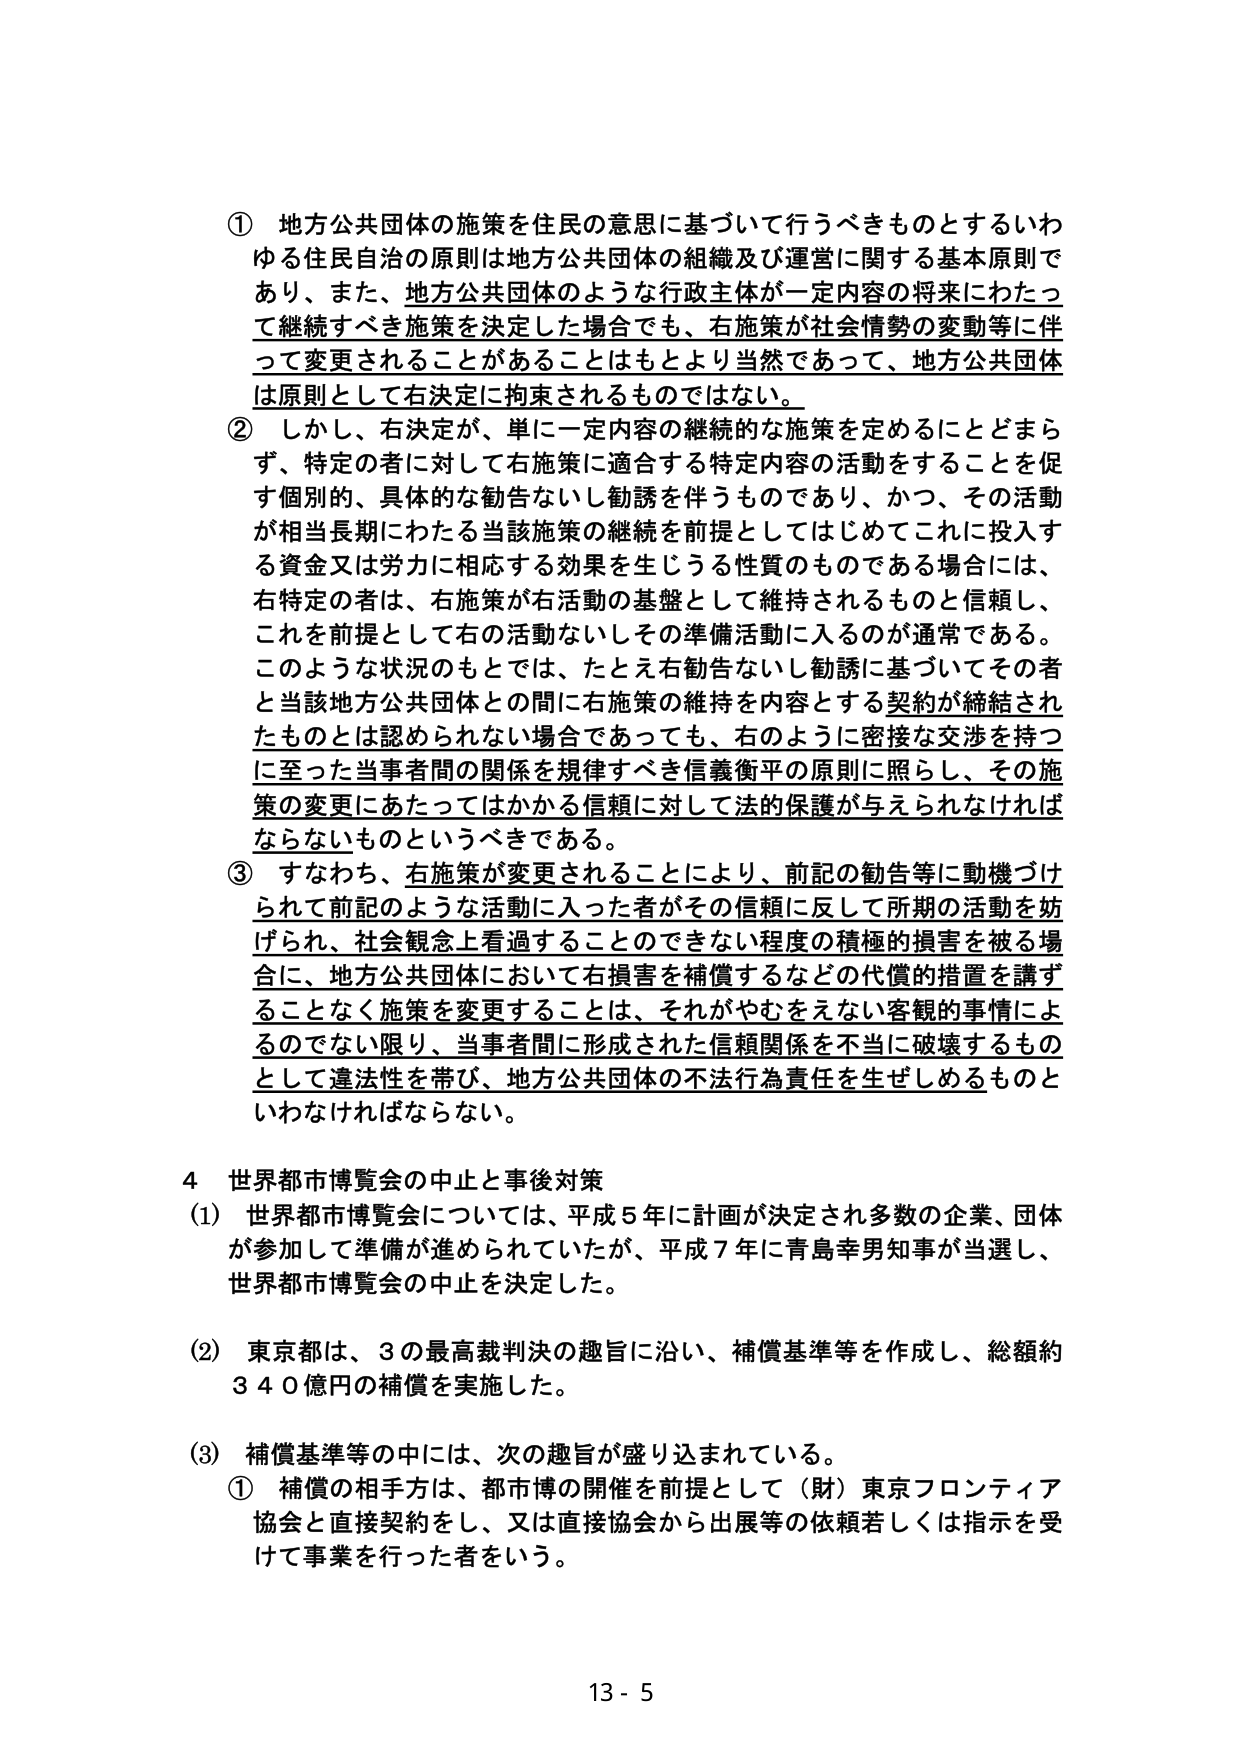
① 地方公共団体の施策を住民の意思に基づいて行うべきものとするいわゆる住民自治の原則は地方公共団体の組織及び運営に関する基本原則であり、また、地方公共団体のような行政主体が一定内容の将来にわたって継続すべき施策を決定した場合でも、右施策が社会情勢の変動等に伴って変更されることがあることはもとより当然であって、地方公共団体は原則として右決定に拘束されるものではない。

② しかし、右決定が、単に一定内容の継続的な施策を定めるにとどまらず、特定の者に対して右施策に適合する特定内容の活動をすることを促す個別的、具体的な勧告ないし勧誘を伴うものであり、かつ、その活動が相当長期にわたる当該施策の継続を前提としてはじめてこれに投入する資金又は労力に相応する効果を生じうる性質のものである場合には、右特定の者は、右施策が右活動の基盤として維持されるものと信頼し、これを前提として右の活動ないしその準備活動に入るのが通常である。このような状況のもとでは、たとえ右勧告ないし勧誘に基づいてその者と当該地方公共団体との間に右施策の維持を内容とする契約が締結されたものとは認められない場合であっても、右のように密接な交渉を持つに至った当事者間の関係を規律すべき信義衡平の原則に照らし、その施策の変更にあたってはかかる信頼に対して法的保護が与えられなければならないものというべきである。

③ すなわち、右施策が変更されることにより、前記の勧告等に動機づけられて前記のような活動に入った者がその信頼に反して所期の活動を妨げられ、社会観念上看過することのできない程度の積極的損害を被る場合に、地方公共団体において右損害を補償するなどの代償的措置を講ずることなく施策を変更することは、それがやむをえない客観的事情によるのでない限り、当事者間に形成された信頼関係を不当に破壊するものとして違法性を帯び、地方公共団体の不法行為責任を生ぜしめるものといわなければならない。

4 世界都市博覧会の中止と事後対策

(1) 世界都市博覧会については、平成5年に計画が決定され多数の企業、団体が参加して準備が進められていたが、平成7年に青島幸男知事が当選し、世界都市博覧会の中止を決定した。

(2) 東京都は、3の最高裁判決の趣旨に沿い、補償基準等を作成し、総額約340億円の補償を実施した。

(3) 補償基準等の中には、次の趣旨が盛り込まれている。

① 補償の相手方は、都市博の開催を前提として（財）東京フロンティア協会と直接契約をし、又は直接協会から出展等の依頼若しくは指示を受けて事業を行った者をいう。

13 - 5